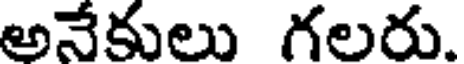
అనేకులు గలరు.